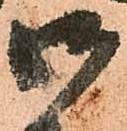
御